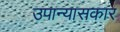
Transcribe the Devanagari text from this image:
उपान्यासकार